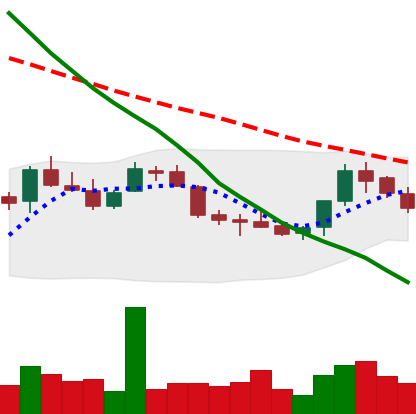
Ticker: LINK-USD
Chart end date: 2018-07-20
Forward return: 12.593%
Label: up_7plus